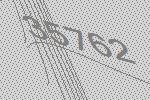
35762